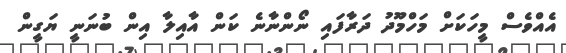
އެއްވެސް މީހަކަށް މަހްމޫދު ދަރާފައި ނޯންނާނެ ކަން އާއިލާ އިން ބުނަނީ ޔަގީން